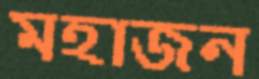
মহাজন